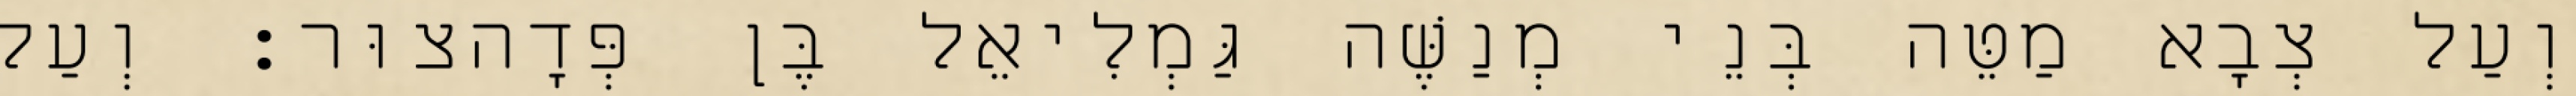
וְעַל צְבָא מַטֵּה בְּנֵי מְנַשֶּׁה גַּמְלִיאֵל בֶּן פְּדָהצוּר׃ וְעַל